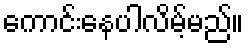
ကောင်းနေပါလိမ့်မည်။